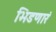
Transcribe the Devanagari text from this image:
भिडणारं